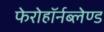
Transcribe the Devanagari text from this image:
फेरोहॉर्नब्लेण्ड